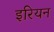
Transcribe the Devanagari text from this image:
इरियन